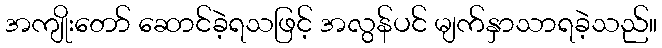
အကျိုးတော် ဆောင်ခဲ့ရသဖြင့် အလွန်ပင် မျက်နှာသာရခဲ့သည်။